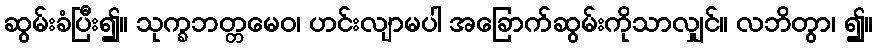
ဆွမ်းခံပြီး၍။ သုက္ခဘတ္တမေဝ၊ ဟင်းလျာမပါ အခြောက်ဆွမ်းကိုသာလျှင်။ လဘိတွာ၊ ၍။